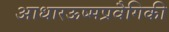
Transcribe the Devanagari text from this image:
आधारऊष्मप्रवैगिकी